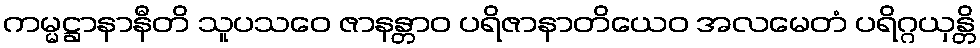
ကမ္မဋ္ဌာနာနီတိ သူပသဝေ ဇာနန္တာဝ ပရိဇာနာတိယေဝ အလမေတံ ပရိဂ္ဂယှန္တိ